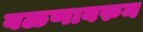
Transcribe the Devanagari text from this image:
वळणावरुन